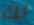
لك